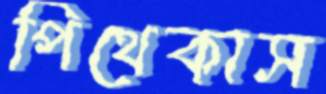
পিথেকাস